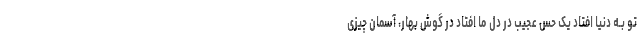
تو بـه دنیا افتاد یک حس عجیب در دل ما افتاد در گوش بهار، آسمان چیزی